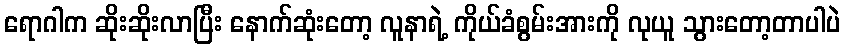
ရောဂါက ဆိုးဆိုးလာပြီး နောက်ဆုံးတော့ လူနာရဲ့ ကိုယ်ခံစွမ်းအားကို လုယူ သွားတော့တာပါပဲ